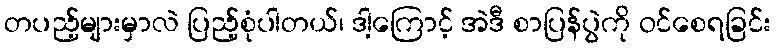
တပည့်များမှာလဲ ပြည့်စုံပါတယ်၊ ဒါ့ကြောင့် အဲဒီ စာပြန်ပွဲကို ဝင်စေရခြင်း